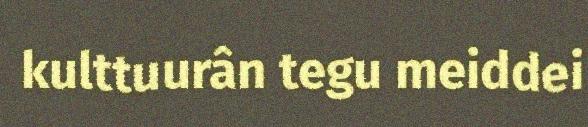
kulttuurân tegu meiddei